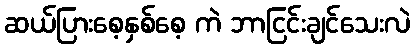
ဆယ်ပြားစေ့နှစ်စေ့ ကဲ ဘာငြင်းချင်သေးလဲ